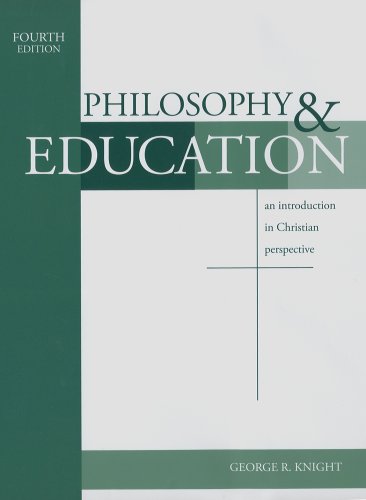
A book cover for Philosophy & Education: An Introduction in Christian Perspective; George R. Knight; Religion & Spirituality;